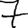
Digit: 7